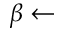
\beta \gets